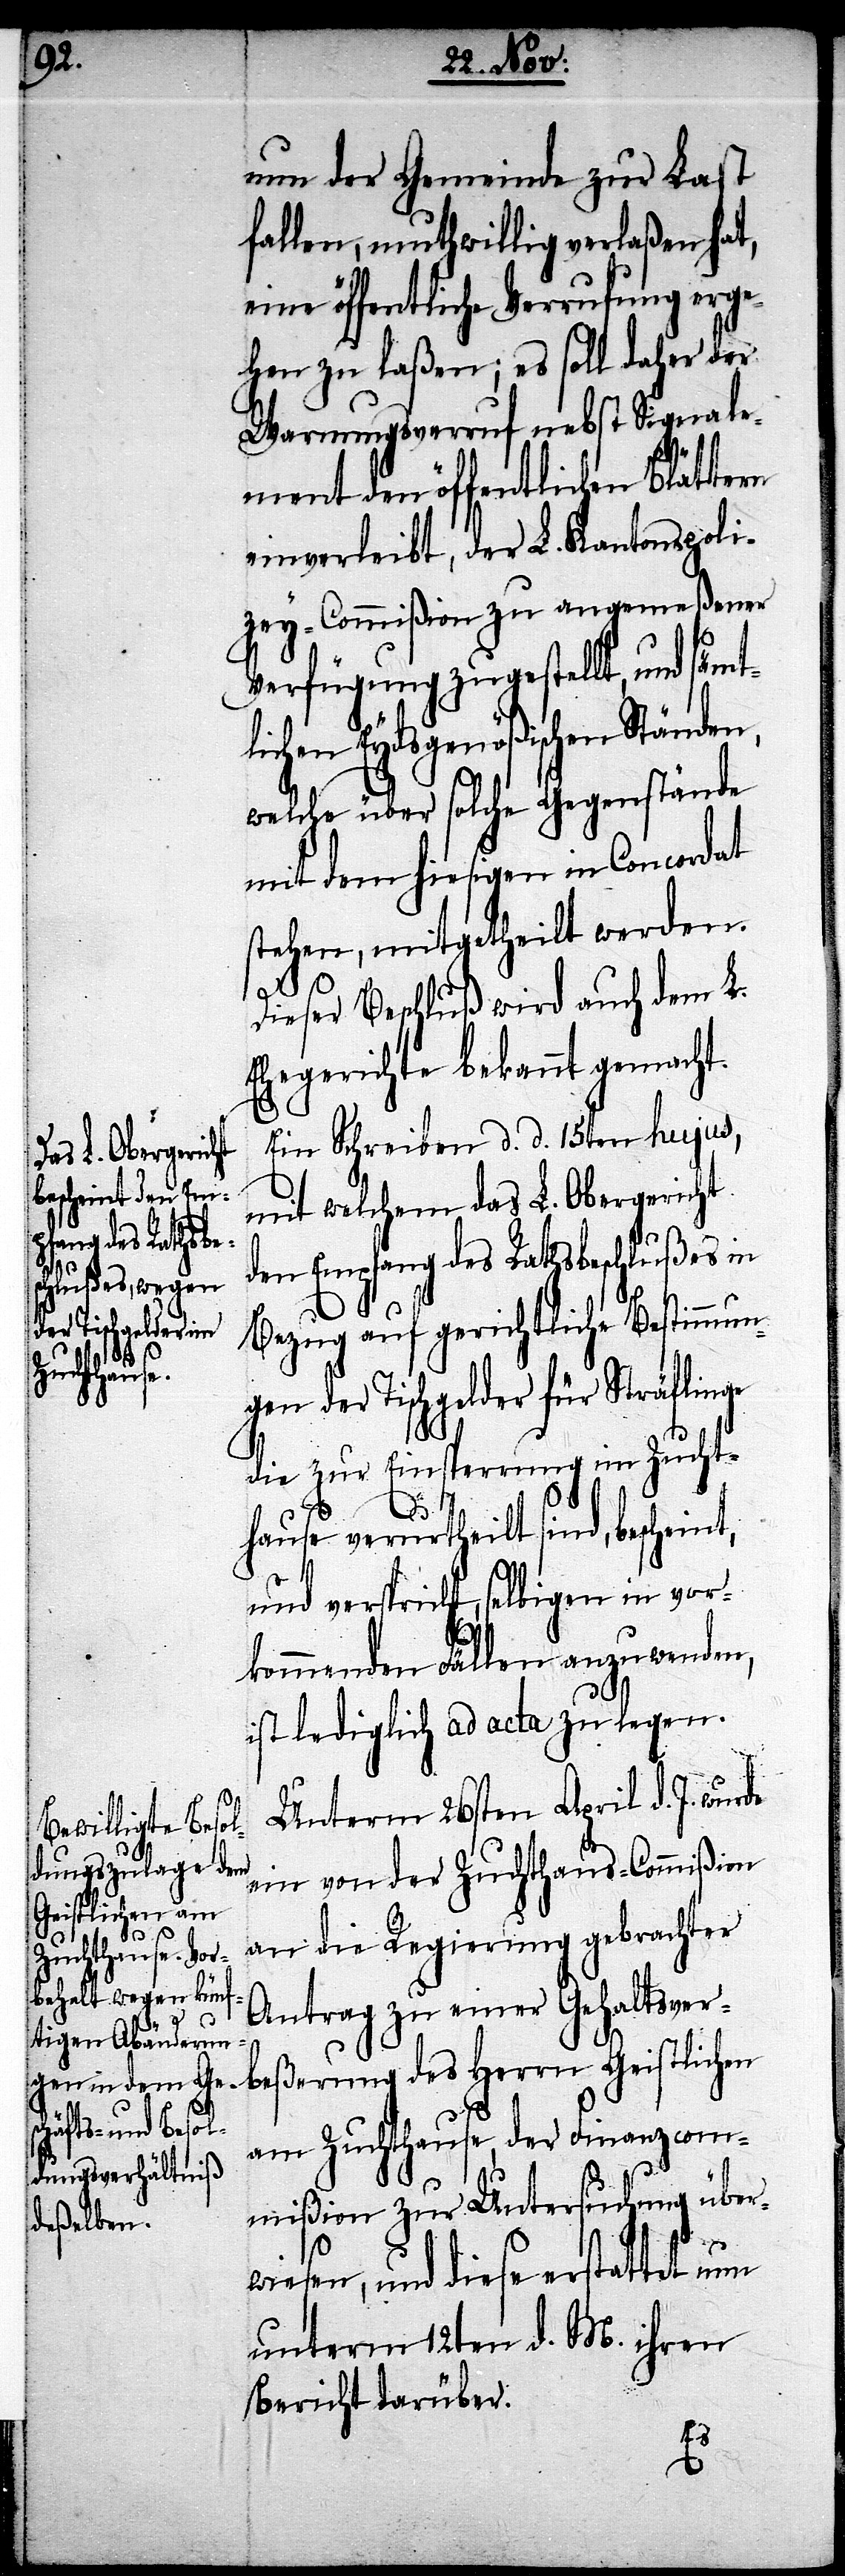
nun der Gemeinde zur Last
fallen, muthwillig verlaßen hat,
eine öffentliche Verrufung erge¬
hen zu laßen; es soll daher der
Warnungsverruf nebst Signale¬
ment den öffentlichen Blättern
einverleibt, der L. Kantonspoli¬
zey-Commißion zu angemeßener
Verfügung zugestellt, und säm¬
lichen Eydsgenößischen Ständen,
welche über solche Gegenstände
mit dem hiesigen in Condordat
stehen, mitgetheilt werden.
Dieser Beschluß wird auch dem L.
Ehegerichte bekannt gemacht.
Ein Schreiben d. d. 15ten hujus,
mit welchem das L. Obergericht
den Empfang des Rathsbeschlußes in
rde
Bezug auf gerichtliche Bestimmungen
der Tischgelder für Sträflinge
die zur Einsperrung im Zucht¬
hause verurtheilt sind, bescheint,
und verspricht, selbigen in vor¬
kommenden Fällen anzuwenden,
ist lediglich ad acta zu legen.
Unterm 26sten April d. J. wu¬
ein von der Zuchthaus-Commißion
an die Regierung gebrachter
Antrag zu einer Gehaltsver¬
beßerung des Herrn Geistlichen
am Zuchthause, der Finanzcom¬
mißion zu Untersuchung über¬
wiesen, und diese erstattet nun
unterm 12ten d. M ihren
Bericht darüber.
t¬